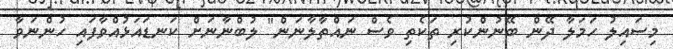
މިސައިލު ހަމަލާ ދޭން ބޭނުންކުރި ތަކެތި ވެސް ނައްތާލާނަން" ލުބްނާނަށް ކަނޑައަޅުއްވާފައި ހުންނަވާ